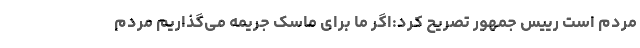
مردم است رییس جمهور تصریح کرد:اگر ما برای ماسک جریمه می‌گذاریم مردم